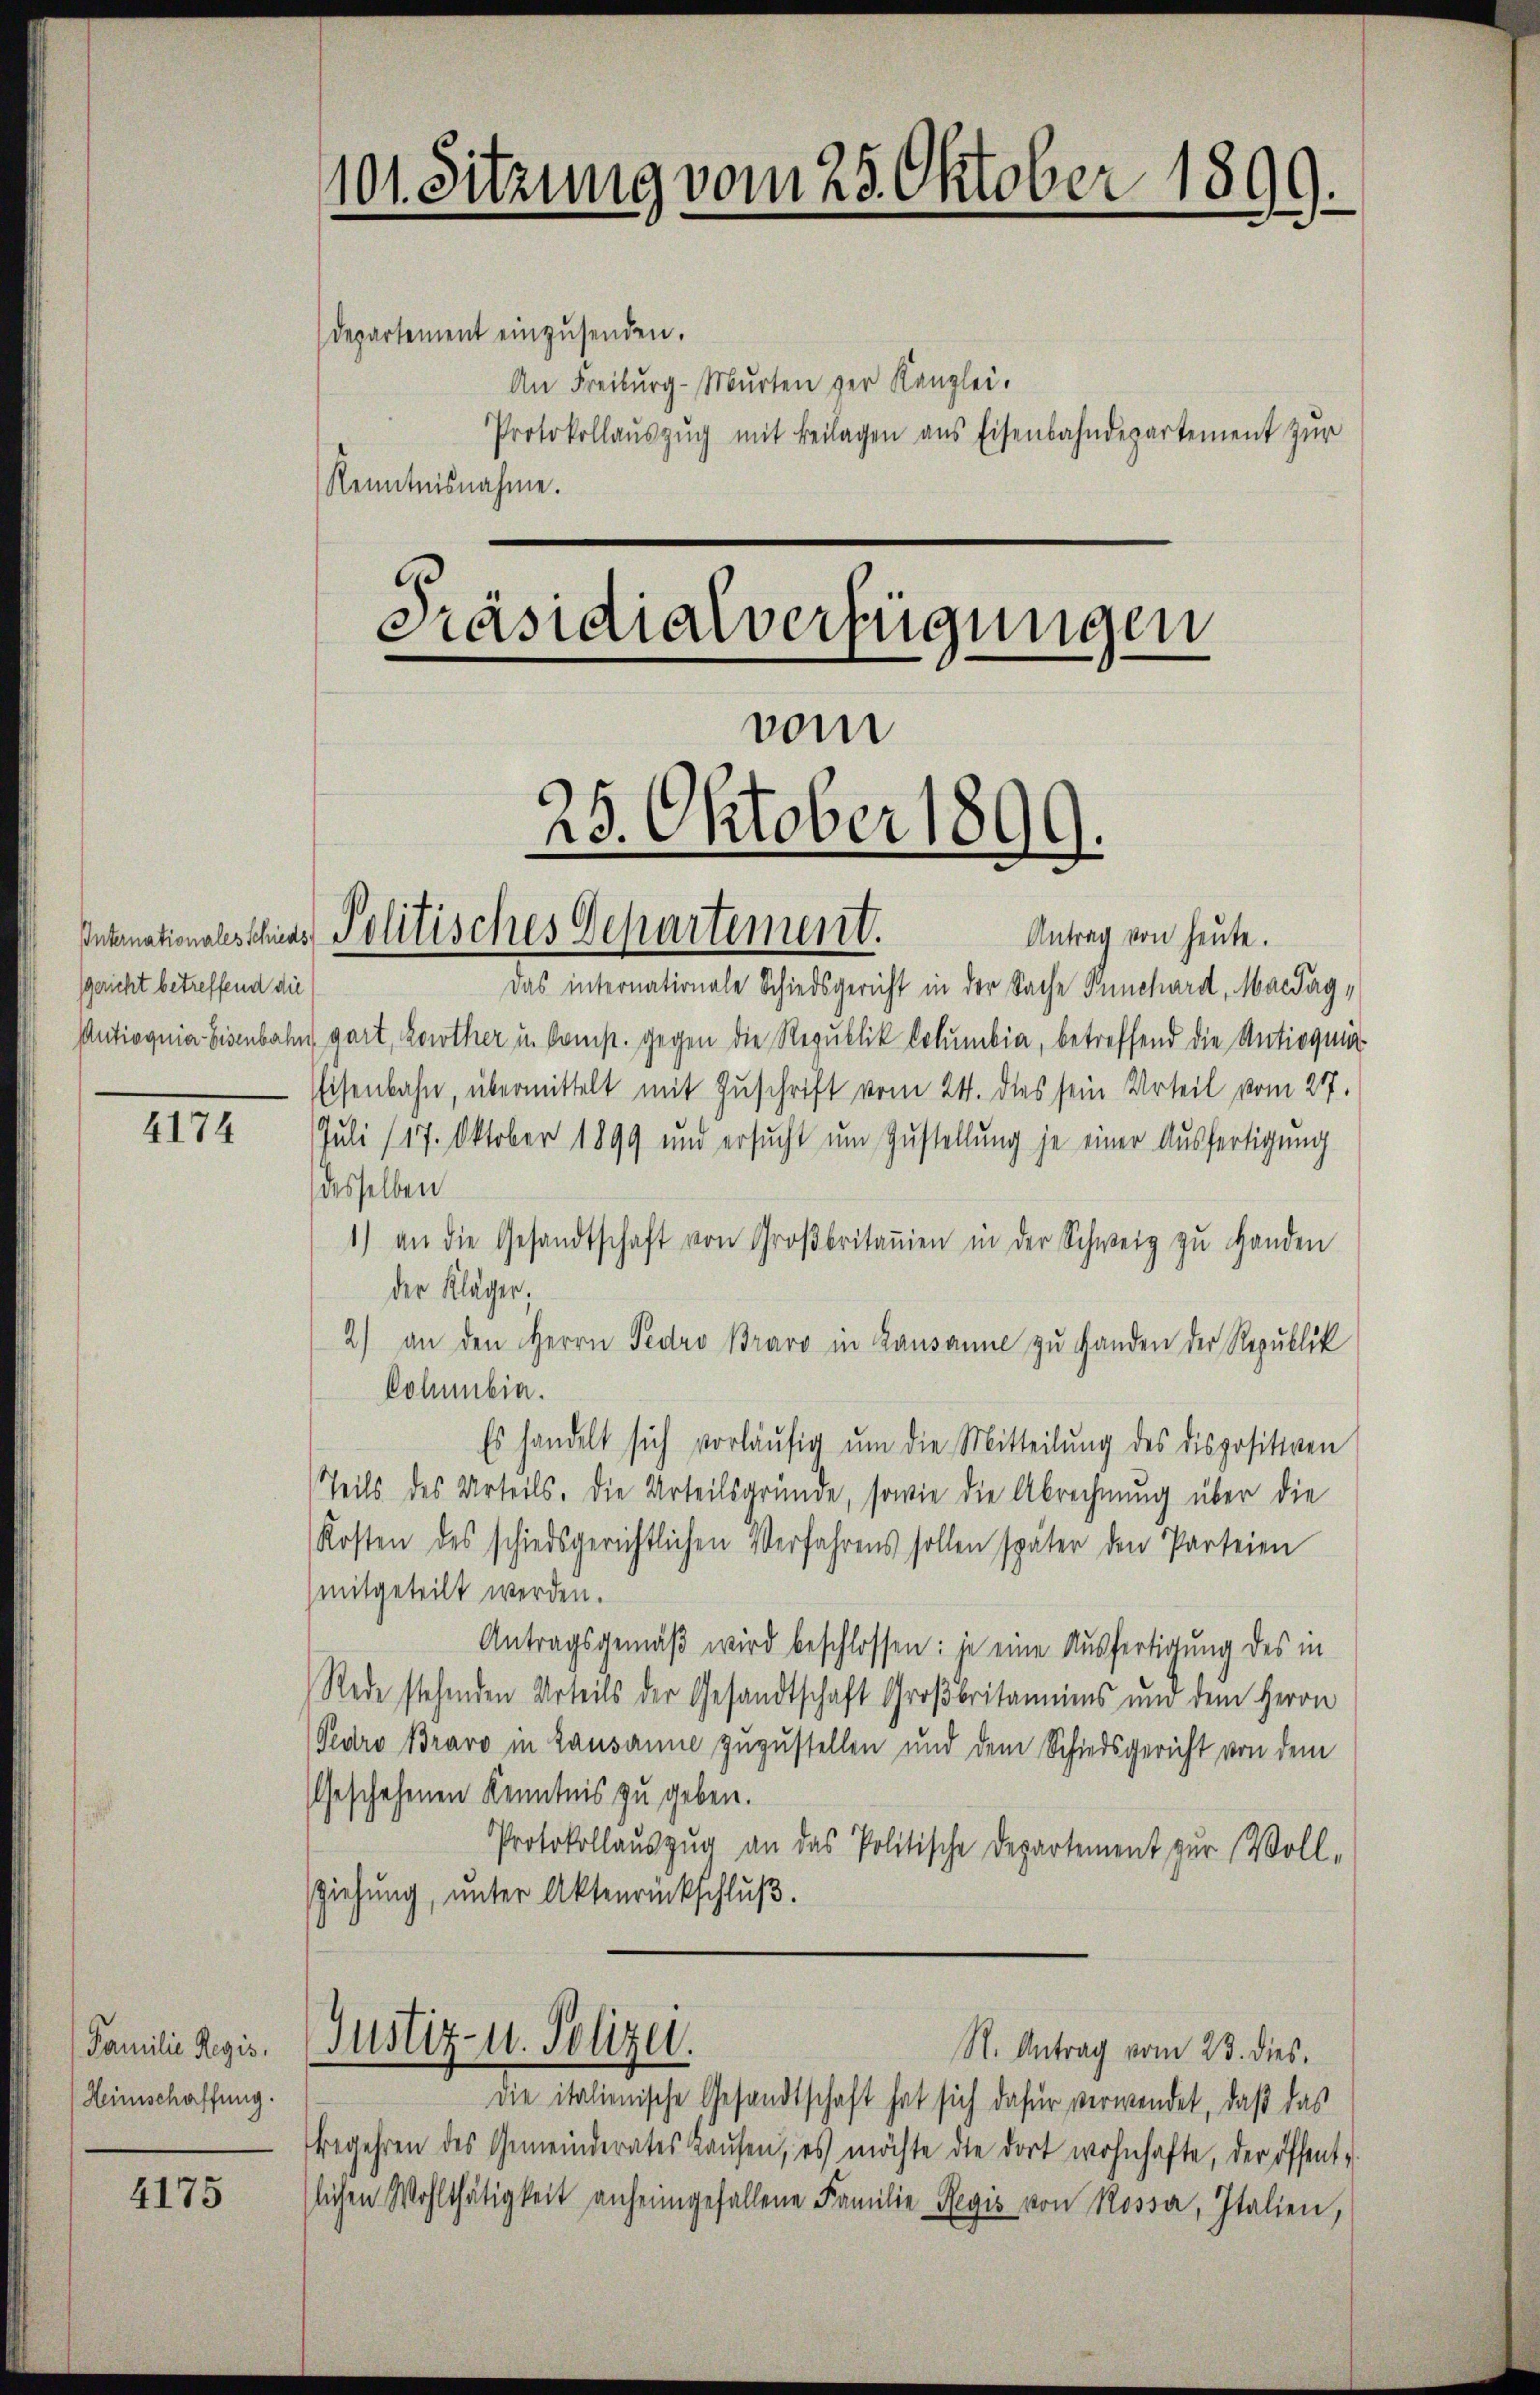
sgericht betreffend die

IIII

Familie Regis
Heinschaffung.

4175

101. Sitzung vom 25. Oktober 1899.
Präsidialverfügungen
vom
25. Oktober 1899.
Internationalesches Politisches Departement.
Antrag von heute.

departement einzusenden.
An Freiburg-Mŭrten der Kanzlei.
Protokollaŭszŭg mit Beilagen ans Eisenbahndepartement zŭr
Kenntnisnahme.

Das internationale Schiedsgericht in der Sache Punchard, Mandag¬
Antioquia Eisenbahn gart, Korother in komp. gegen die Republik kolumbia, betreffend die Antiqui
Eisenbahn, übermittelt mit Zuschrift vom 24. dies sein Urteil vom 27.
Juli 117. Oktober 1899 und ersucht um Zustellung je einer Ausfertigung
desselben
1) an die Gesandtschaft von Großbritaṅen in der Schweiz zŭ handen
der Kläger.
2) an den Herrn Pero Bravo in Lausanne zu Handen der Republik
Cohmbia.
Es handelt sich vorläŭfig ŭm die Mitteilŭng des dispositiven
Teils des Urteils. Die Urteilsgründe, sowie die Abrechnung über die
Kosten des schiedsgerichtlichen Verfahrens sollen später den Parteien
mitgeteilt werden.
Antragsgemäß wird beschlossen: je eine Ausfertigung des in
Rede stehenden Urteils der Gesandtschaft Großbritannims und dem Herrn
Gedro Bravo in Lausanne zuzustellen und dem Schiedsgericht von dem
Geschehenen Kenntnis zu geben.
Protokollaŭszŭg an das Politische Departement zur Voll-
ziehung, unter Aktenrückschluß.
Justiz- u. Polizei.
R. Antrag vom 23. dies
die italienische Gesandtschaft hat sich dafür verwendet, daß das
Begehren des Gemeinderates Haŭsen, es möchte die dort wohnhafte, der öffent-
slichen Wohlthätigkeit anheimgefallene Familie Regis von Rossa, Italien,